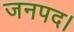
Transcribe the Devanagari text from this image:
जनपद।